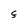
Character: F